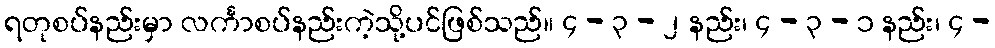
ရတုစပ်နည်းမှာ လင်္ကာစပ်နည်းကဲ့သို့ပင်ဖြစ်သည်။ ၄ - ၃ - ၂ နည်း၊ ၄ - ၃ - ၁ နည်း၊ ၄ -